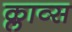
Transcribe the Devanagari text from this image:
क्लाव्स